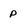
Character: p